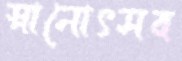
স্নানোৎসব